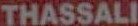
THASSALI